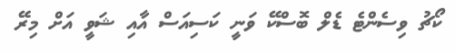
ކޯޗު ވިސެންޓެ ޑެލް ބޮސްކޭ ވަނީ ކަސިއަސް އާއި ޝަވީ އަށް މިރޭ